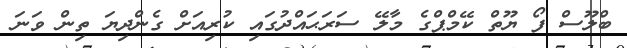
ބްލޫސް ފޯ ޔޫތް ކޭމްޕްގެ މާލޭ ސަރަޙައްދުގައި ކުރިއަށް ގެންދިޔަ ތިން ވަނަ